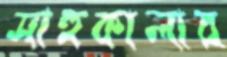
সাহুকালার